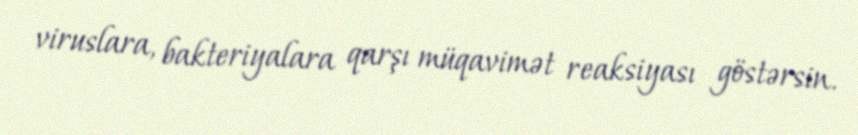
viruslara, bakteriyalara qarşı müqavimət reaksiyası göstərsin.